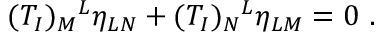
( T _ { I } ) _ { M } { } ^ { L } \eta _ { L N } + ( T _ { I } ) _ { N } { } ^ { L } \eta _ { L M } = 0 ~ .